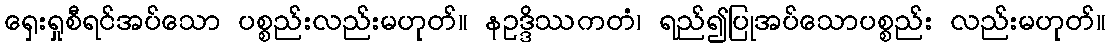
ရှေးရှုစီရင်အပ်သော ပစ္စည်းလည်းမဟုတ်။ နဥဒ္ဒိဿကတံ၊ ရည်၍ပြုအပ်သောပစ္စည်း လည်းမဟုတ်။